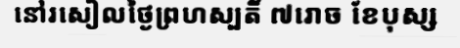
នៅរសៀលថ្ងៃព្រហស្បតិ៍ ៧រោច ខែបុស្ស